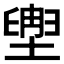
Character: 𫮩